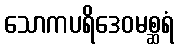
သောကပရိဒေဝမစ္ဆရံ